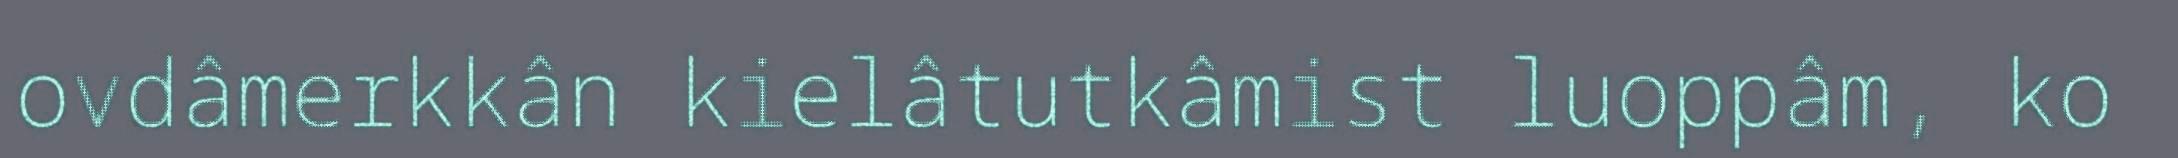
ovdâmerkkân kielâtutkâmist luoppâm, ko